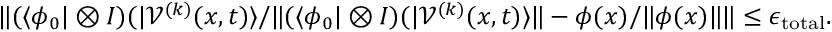
\| ( \langle \phi _ { 0 } \vert \otimes I ) ( \vert \mathcal { V } ^ { ( k ) } ( x , t ) \rangle / \| ( \langle \phi _ { 0 } \vert \otimes I ) ( \vert \mathcal { V } ^ { ( k ) } ( x , t ) \rangle \| - \phi ( x ) / \| \phi ( x ) \| \| \le \epsilon _ { \mathrm { t o t a l } } .